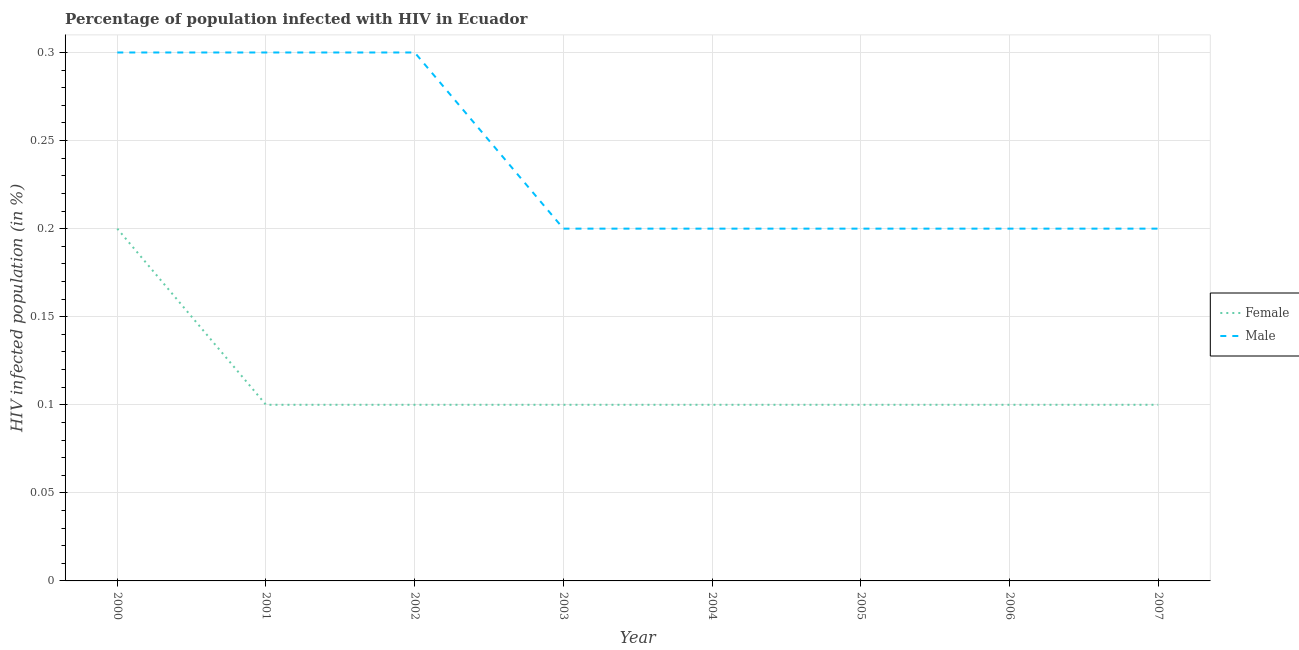
| Year | Female | Male |
 | --- | --- | --- |
 | 2000 | 0.2 | 0.3 |
 | 2001 | 0.1 | 0.3 |
 | 2002 | 0.1 | 0.3 |
 | 2003 | 0.1 | 0.2 |
 | 2004 | 0.1 | 0.2 |
 | 2005 | 0.1 | 0.2 |
 | 2006 | 0.1 | 0.2 |
 | 2007 | 0.1 | 0.2 |